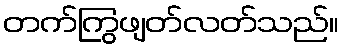
တက်ကြွဖျတ်လတ်သည်။